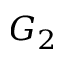
G _ { 2 }